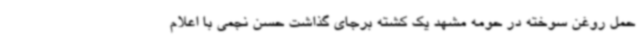
حمل روغن سوخته در حومه مشهد یک کشته برجای گذاشت حسن نجمی با اعلام